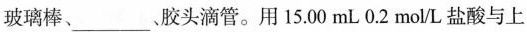
玻璃棒、___、胶头滴管。用15.00mL0.2mol/L盐酸与上